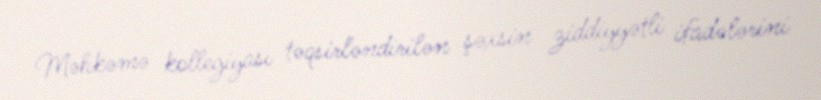
Məhkəmə kollegiyası təqsirləndirilən şəxsin ziddiyyətli ifadələrini